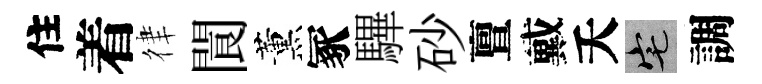
住着律閬薰冢驆砂亶戴夭宅調